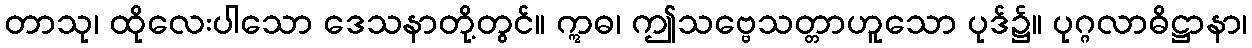
တာသု၊ ထိုလေးပါသော ဒေသနာတို့တွင်။ ဣဓ၊ ဤသဗ္ဗေသတ္တာဟူသော ပုဒ်၌။ ပုဂ္ဂလာဓိဋ္ဌာနာ၊